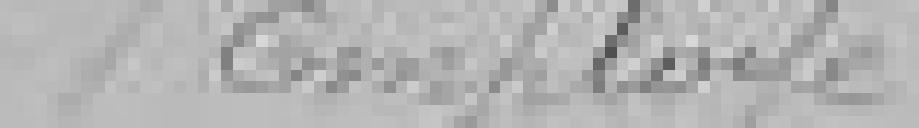
1 employé